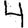
Digit: 4